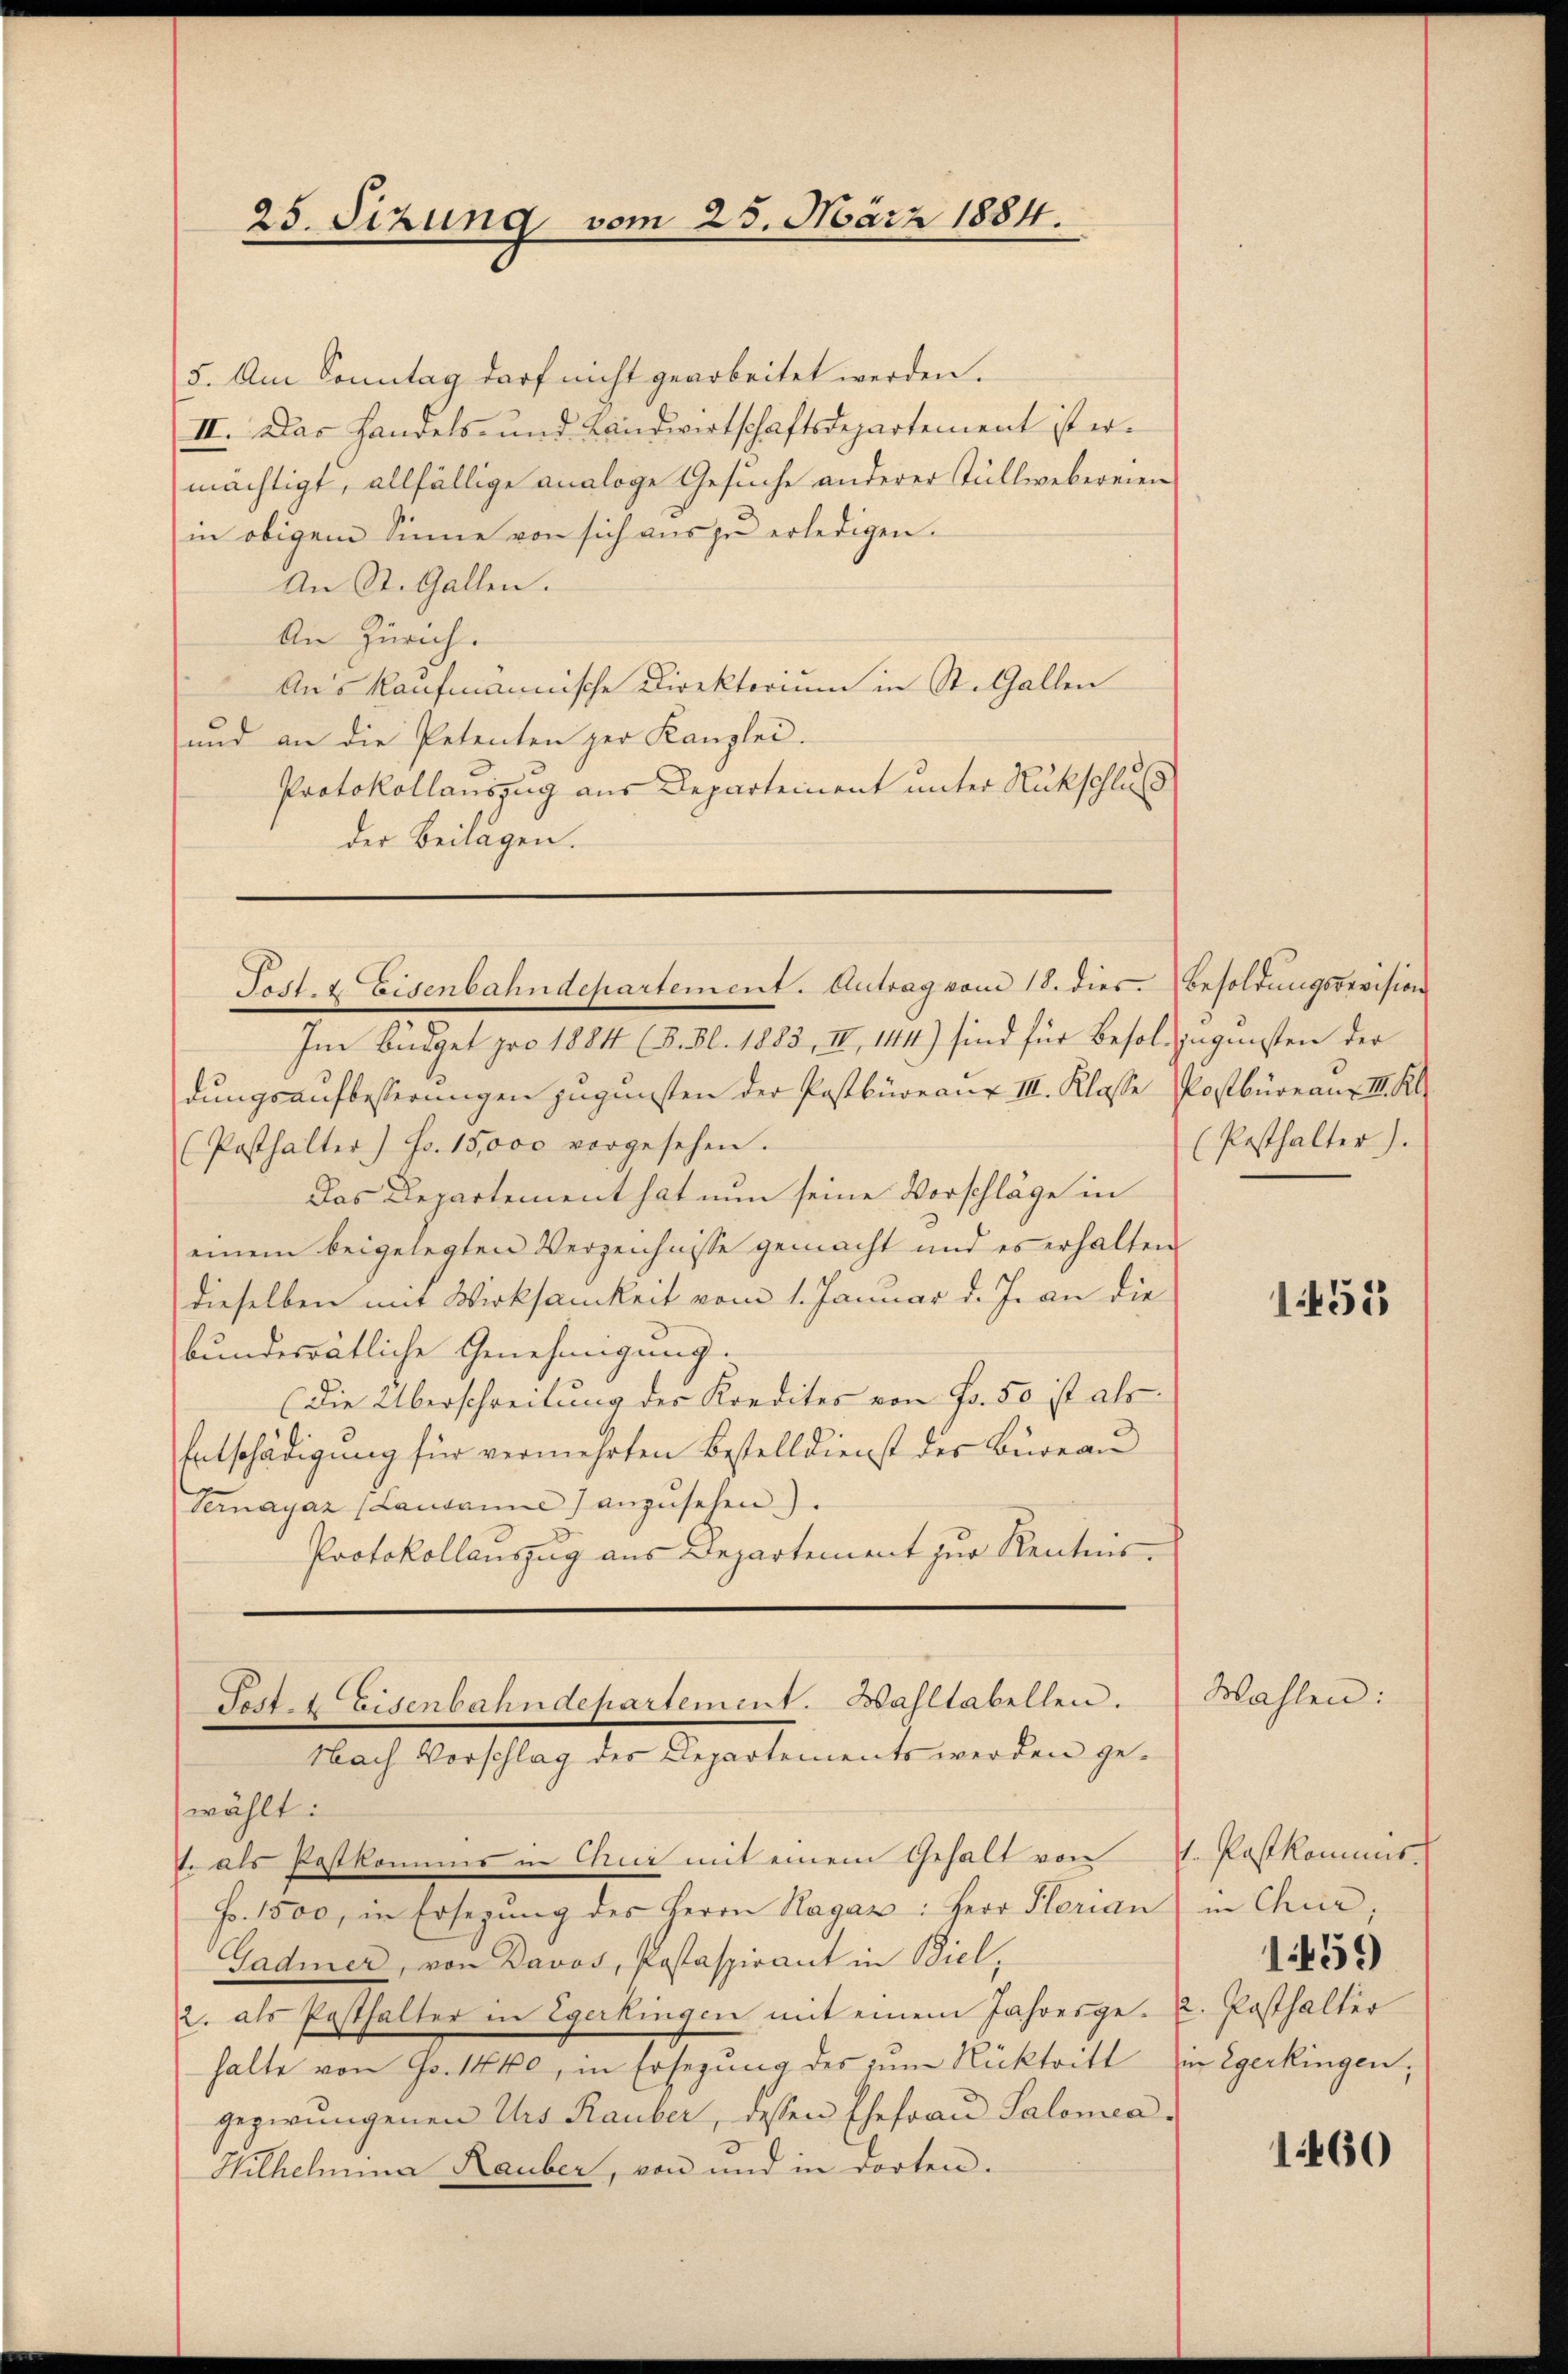
25. Sizung vom 25. März 1884.

5. Am Sonntag darf nicht gearbeitet werden.
II. Das Handels- und Landwirtschaftsdepartement ist ermächtigt, allfällige analoge Gesuche anderer Tüllwebereien
in obigem Sinne von sich aus zu erledigen.
An St. Gallen.
An Zürich.
Auskaufmannische Direktorium in St. Gallen
und an die Petenten zur Kanzlei.
Protokollauszug aus Departement unter Rückschluß
der Beilagen.

Post- & Eisenbahndepartement. Antrag vom 18. dies. Besoldungsrevision

Fest. Eisenbahndepartement. Wahltabellen.
Nach Vorschlag des Departements werden gewählt:
. als Postkomms in Chur mit einem Gehalt von

Im Büdget pro 1884 (B. Bl. 1883, III, 144) sind für Besol zugunsten der
dungsaufbesserungen zugunsten der Postbüreau III. Klasse Kostbureaus II. Kl
Posthalter) Fr. 15,000 vorgesehen.
Das Departement hat nun seine Vorschläge in
einem beigelegten Verzeichnisse gemacht und es erhalten
dieselben mit Wirksamkeit vom 1. Januar d. J. an die
bundesrätliche Genehmigung.
(Die Überschreibung des Kredites von Fr. 50 ist als
Entschädigung für vermehrten Bestelldienst der Bureau
Vernayaz (Lausanne) anzŭsehen).
Protokollauszug aus Departement zur Kenntnis¬

Fr. 1500, in Ersezung des Herrn Hagar: Herr Hlorian in Chur;
Gadmer, von Davos, Postaspirant in Biel,
2. als Posthalter in Egerkingen mit einem Jahresge- 2. Posthalter
halte von Fr. 1440, in Ersezung des zum Rücktritt
gezwungenen Urs Rauber, dessen Ehefrau Salona¬
Wilhelmina Rauber, von und in dorten.

(Pesthalter).

Wahlen

155

1. Postkommis.
1459
in Egerkingen;

1460